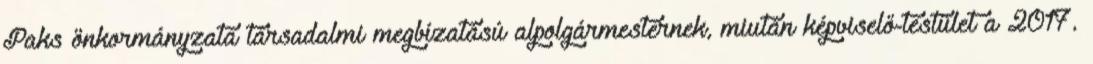
Paks önkormányzata társadalmi megbízatású alpolgármesternek, miután képviselő-testület a 2017.